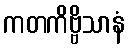
ကတကိဗ္ဗိသာနံ